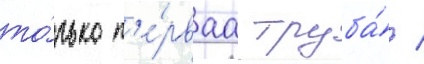
то́лько п'е́рваа труба́ /